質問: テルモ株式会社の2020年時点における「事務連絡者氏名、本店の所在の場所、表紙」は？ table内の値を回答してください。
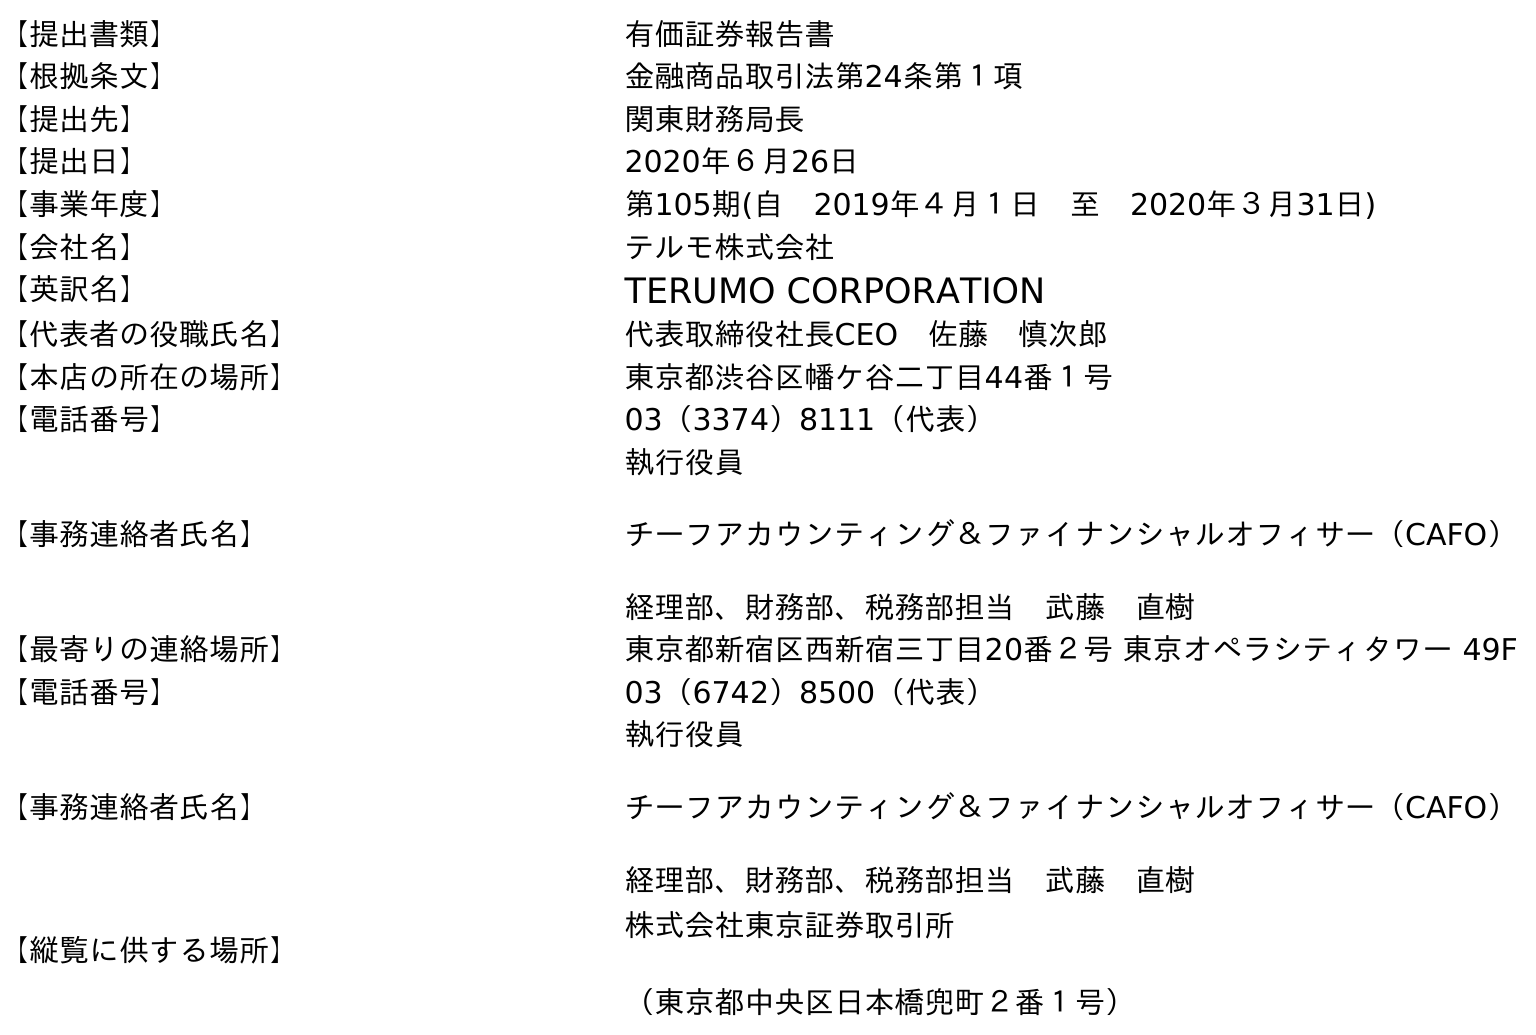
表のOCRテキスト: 【提出書類】 有価証券報告書 【根拠条文】 金融商品取引法第24条第１項 【提出先】 関東財務局長 【提出日】 2020年６月26日 【事業年度】 第105期(自 2019年４月１日 至 2020年３月31日) 【会社名】 テルモ株式会社 【英訳名】 TERUMO CORPORATION 【代表者の役職氏名】 代表取締役社長CEO 佐藤 慎次郎 【本店の所在の場所】 東京都渋谷区幡ケ谷二丁目44番１号 【電話番号】 03（3374）8111（代表） 【事務連絡者氏名】 執行役員 チーフアカウンティング＆ファイナンシャルオフィサー（CAFO） 経理部、財務部、税務部担当 武藤 直樹 【最寄りの連絡場所】 東京都新宿区西新宿三丁目20番２号 東京オペラシティタワー 49F 【電話番号】 03（6742）8500（代表） 【事務連絡者氏名】 執行役員 チーフアカウンティング＆ファイナンシャルオフィサー（CAFO） 経理部、財務部、税務部担当 武藤 直樹 【縦覧に供する場所】 株式会社東京証券取引所 （東京都中央区日本橋兜町２番１号）
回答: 執行役員チーフアカウンティング＆ファイナンシャルオフィサー（CAFO）経理部、財務部、税務部担当　武藤　直樹